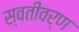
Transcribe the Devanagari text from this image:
स्वतीवर्ण